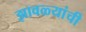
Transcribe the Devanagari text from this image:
झावळ्यांची